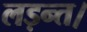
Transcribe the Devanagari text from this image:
लड़न्त।